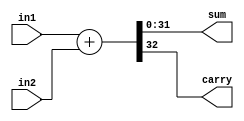
module VerilogAdder(in1,in2,sum,carry);
input wire [31:0]in1,in2;
output wire [31:0]sum;
output wire carry;

assign {carry,sum}=in1+in2;
endmodule